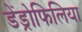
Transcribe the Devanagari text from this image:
डेंड्रोफिलिया